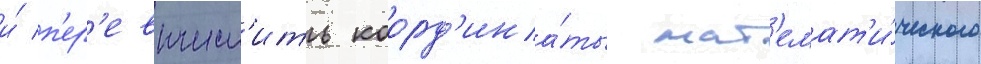
и́ п'ер'евычесл'ить коорд'ина́ты мат'емат'и́ческого